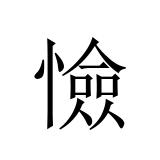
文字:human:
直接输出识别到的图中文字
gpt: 憸